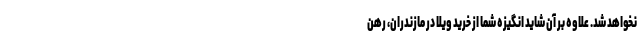
نخواهد شد. علاوه بر آن شاید انگیزه شما از خرید ویلا در مازندران، رهن